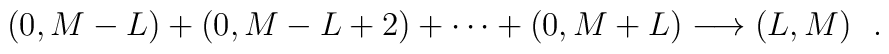
(0,M-L)+(0,M-L+2)+\cdots +(0,M+L)\longrightarrow (L,M) \ \ .